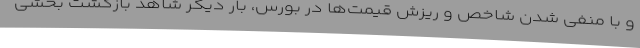
و با منفی شدن شاخص و ریزش قیمت‌ها در بورس، بار دیگر شاهد بازگشت بخشی